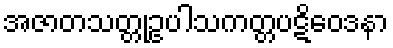
အဇာတသတ္တုဥပါသကတ္တပဋိဝေဒနာ